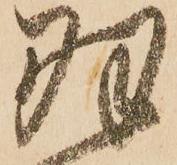
羽